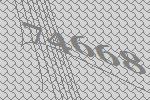
74668